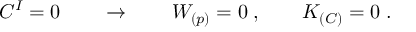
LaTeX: C ^ { I } = 0 \qquad \rightarrow \qquad W _ { ( p ) } = 0 \; , \qquad K _ { ( C ) } = 0 \; .